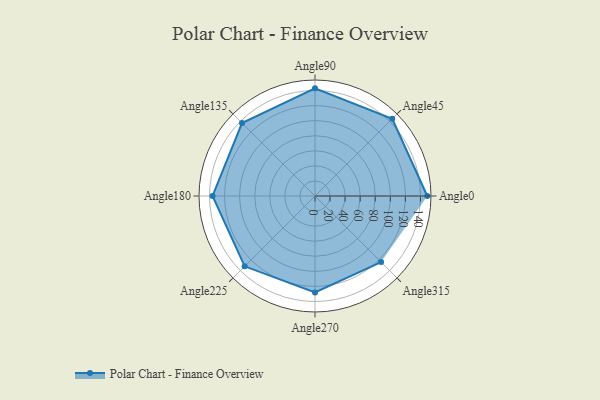
{"axis": {"x": "Angle", "y": "Radius"}, "legend": [""], "data": [{"x": "Angle0", "y": 149.0, "type": ""}, {"x": "Angle45", "y": 145.0, "type": ""}, {"x": "Angle90", "y": 143.0, "type": ""}, {"x": "Angle135", "y": 137.0, "type": ""}, {"x": "Angle180", "y": 136.0, "type": ""}, {"x": "Angle225", "y": 132.0, "type": ""}, {"x": "Angle270", "y": 128.0, "type": ""}, {"x": "Angle315", "y": 124.0, "type": ""}]}